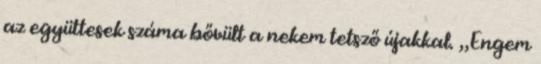
az együttesek száma bővült a nekem tetsző újakkal. „Engem